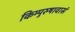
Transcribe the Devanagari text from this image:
किम्पुरुषावासं